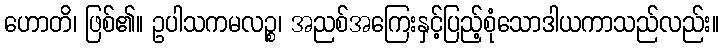
ဟောတိ၊ ဖြစ်၏။ ဥပါသကမလဉ္စ၊ အညစ်အကြေးနှင့်ပြည့်စုံသောဒါယကာသည်လည်း။